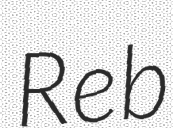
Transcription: Reb